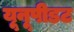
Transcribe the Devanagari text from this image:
यूनूपीडट